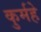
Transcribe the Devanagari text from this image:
कुर्महे